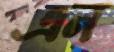
এন